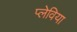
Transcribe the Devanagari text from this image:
प्लेविया